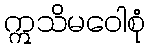
ဣသိမဝေါစုံ